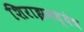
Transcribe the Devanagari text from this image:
शिराझमध्येच